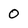
Character: 0